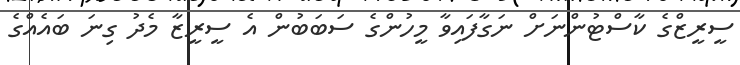
ސީރީޒްގެ ކާސްޓުންނަށް ނަގާފައިވާ މީހުންގެ ސަބަބުން އެ ސީރީޒާ މެދު ގިނަ ބައެއްގެ